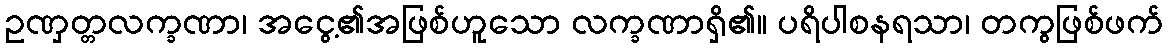
ဥဏှတ္တလက္ခဏာ၊ အငွေ့၏အဖြစ်ဟူသော လက္ခဏာရှိ၏။ ပရိပါစနရသာ၊ တကွဖြစ်ဖက်